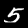
Label: 5